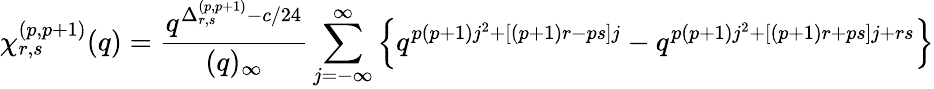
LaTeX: \chi_{r,s}^{(p,p+1)}(q)=\frac{q^{\Delta_{r,s}^{(p,p+1)}-c/24}}{(q)_{\infty}}\sum_{j=-\infty}^{\infty}\left\{ q^{p(p+1)j^{2}+[(p+1)r-ps]j}-q^{p(p+1)j^{2}+[(p+1)r+ps]j+rs}\right\}